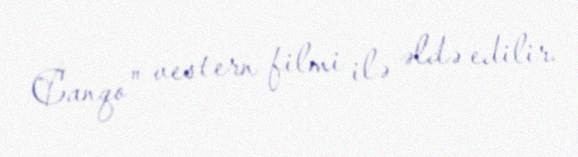
Canqo" vestern filmi ilə əldə edilir.